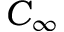
C _ { \infty }